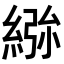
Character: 𮈢